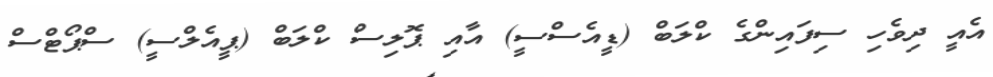
އެއީ ދިވެހި ސިފައިންގެ ކްލަބް (ޑީއެސްސީ) އާއި ޕޮލިސް ކްލަބް (ޕީއެލްސީ) ސްޕޯޓްސް